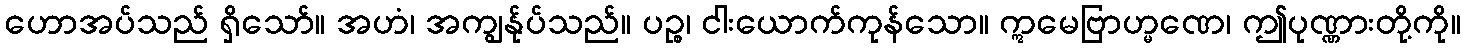
ဟောအပ်သည် ရှိသော်။ အဟံ၊ အကျွန်ုပ်သည်။ ပဉ္စ၊ ငါးယောက်ကုန်သော။ ဣမေဗြာဟ္မဏေ၊ ဤပုဏ္ဏားတို့ကို။